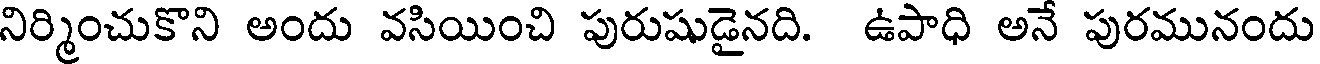
నిర్మించుకొని అందు వసియించి పురుషుడైనది. ఉపాధి అనే పురమునందు